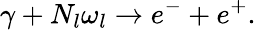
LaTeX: \gamma+N_{l}\omega_{l}\rightarrow e^{-}+e^{+}.